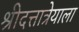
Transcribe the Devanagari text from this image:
श्रीदत्तात्रेयाला